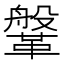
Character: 鞶